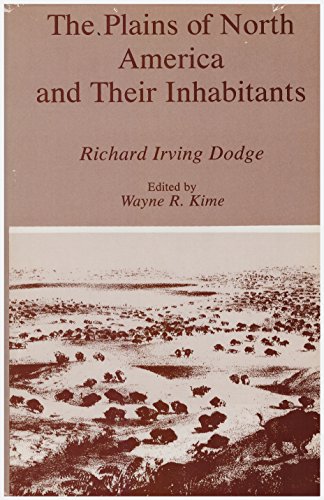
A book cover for The Plains of North America and Their Inhabitants; Richard Irving Dodge; Travel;